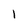
Character: l